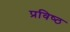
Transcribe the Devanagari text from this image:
प्रविष्‍ठ